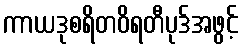
ကာယဒုစရိတဝိရတီပုဒ်အဖွင့်